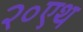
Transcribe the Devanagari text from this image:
२०एथ